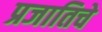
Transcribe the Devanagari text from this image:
प्रजातिचे